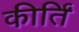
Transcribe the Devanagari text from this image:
कीर्तिं